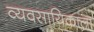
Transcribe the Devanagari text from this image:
व्यवसायिकाला